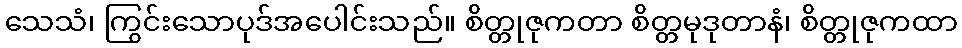
သေသံ၊ ကြွင်းသောပုဒ်အပေါင်းသည်။ စိတ္တုဇုကတာ စိတ္တမုဒုတာနံ၊ စိတ္တုဇုကထာ